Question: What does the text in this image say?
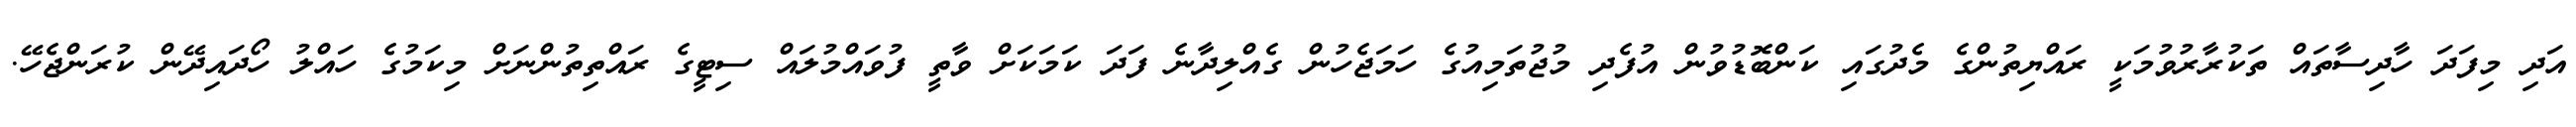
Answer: އަދި މިފަދަ ހާދިސާތައް ތަކުރާރުވުމަކީ ރައްޔިތުންގެ މެދުގައި ކަންބޮޑުވުން އުފެދި މުޖުތަމިއުގެ ހަމަޖެހުން ގެއްލިދާނެ ފަދަ ކަމަކަށް ވާތީ ފުވައްމުލައް ސިޓީގެ ރައްތިތުންނަށް މިކަމުގެ ހައްލު ހޯދައިދޭން ކުރަންޖެހޭ.